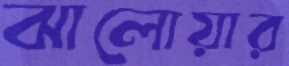
ঝালোয়ার